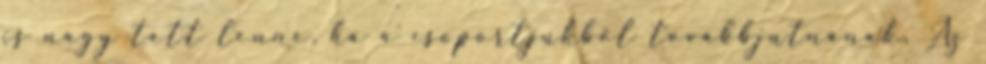
is nagy tett lenne, ha a csoportjukból továbbjutnának. Az